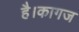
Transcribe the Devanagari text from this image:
है।कागज